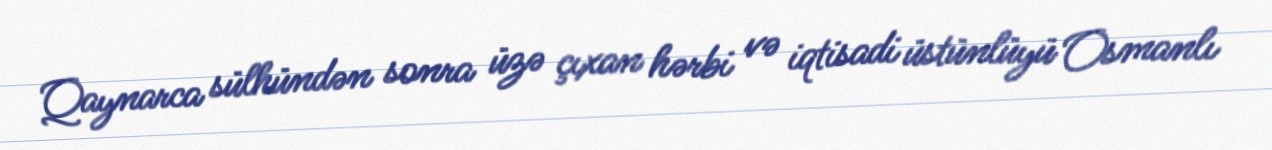
Qaynarca sülhündən sonra üzə çıxan hərbi və iqtisadi üstünlüyü Osmanlı